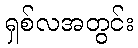
ရှစ်လအတွင်း